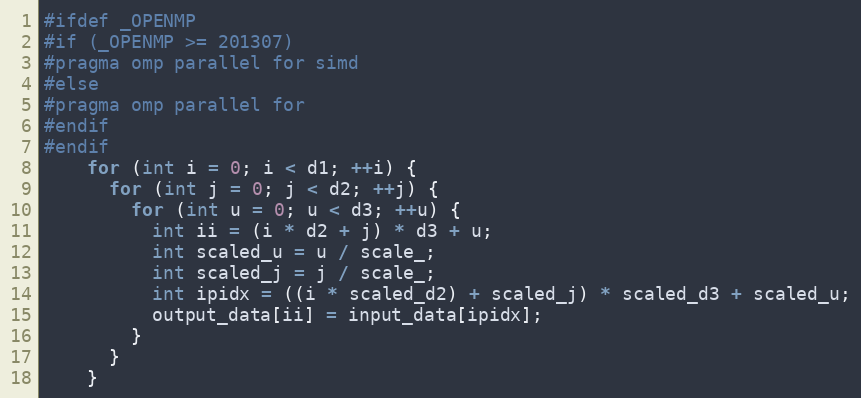
Language: C
#ifdef _OPENMP
#if (_OPENMP >= 201307)
#pragma omp parallel for simd
#else
#pragma omp parallel for
#endif
#endif
    for (int i = 0; i < d1; ++i) {
      for (int j = 0; j < d2; ++j) {
        for (int u = 0; u < d3; ++u) {
          int ii = (i * d2 + j) * d3 + u;
          int scaled_u = u / scale_;
          int scaled_j = j / scale_;
          int ipidx = ((i * scaled_d2) + scaled_j) * scaled_d3 + scaled_u;
          output_data[ii] = input_data[ipidx];
        }
      }
    }